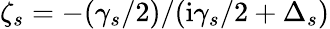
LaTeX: \zeta_{s}=-(\gamma_{s}/2)/(\mathrm{i}\gamma_{s}/2+\Delta_{s})